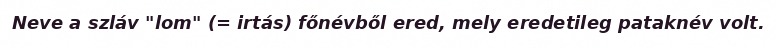
Neve a szláv "lom" (= irtás) főnévből ered, mely eredetileg pataknév volt.